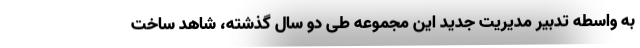
به واسطه تدبیر مدیریت جدید این مجموعه طی دو سال گذشته، شاهد ساخت